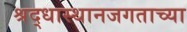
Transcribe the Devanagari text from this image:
श्रद्धास्थानजगताच्या